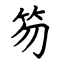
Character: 笏